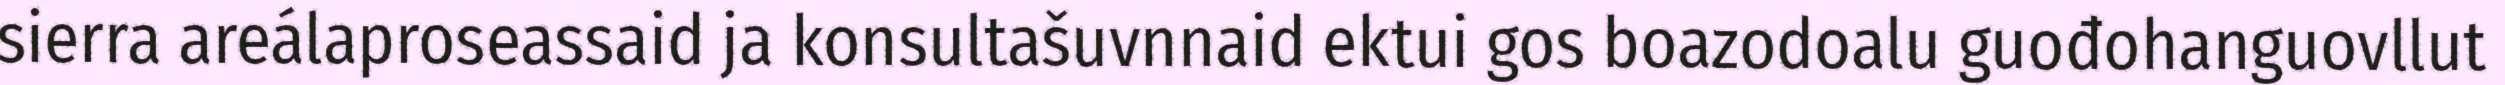
sierra areálaproseassaid ja konsultašuvnnaid ektui gos boazodoalu guođohanguovllut